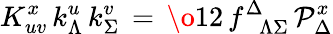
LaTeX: K_{uv}^{x}\, k_{\Lambda}^{u}\, k_{\Sigma}^{v}\, =\, {\o{1}{2}}\, f_{\phantom{\Delta}\Lambda\Sigma}^{\Delta}\, {\cal P}_{\Delta}^{x}